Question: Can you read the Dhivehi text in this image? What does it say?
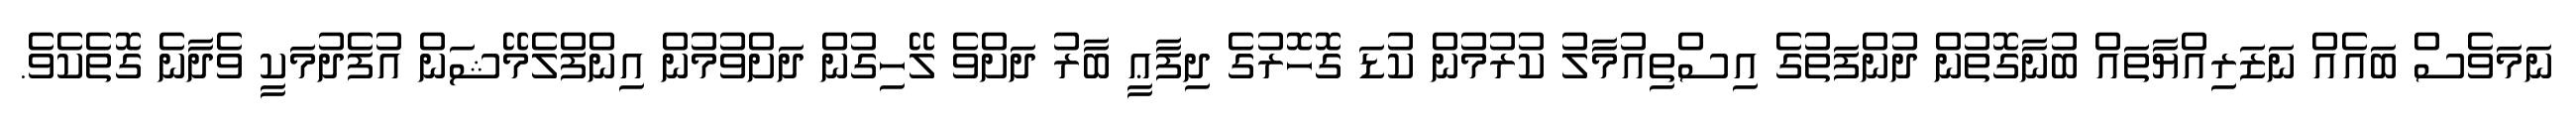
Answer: ނަމަވެސް ބައެއް ނަޒަރިއްޔާތައް ބުނާގޮތުން ދުންފަތުގެ އިސްތިއުމާލު ކުރުމުން ކުޑަ ގޮހޮރުގެ ދިފާޢީ ބާރު ދަށްވެ ލޭހިގުން ދަށްވުމުން އިންފްލެމޭޝަން އުފެދުމަކީ ވެދާނެ ގޮތެކެވެ.